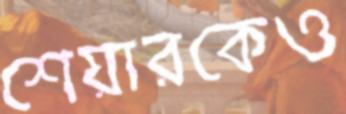
শেয়ারকেও